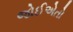
જોઈએતો